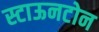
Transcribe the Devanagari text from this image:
स्टाऊनटोन